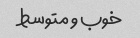
خوب و متوسط